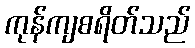
ကုန်ကျစရိတ်သည်